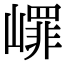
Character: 嶵